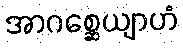
အာဂစ္ဆေယျာဟံ